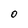
Character: 0